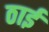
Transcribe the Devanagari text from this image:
ठाईं